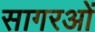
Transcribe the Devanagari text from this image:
सागरओं